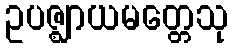
ဥပဇ္ဈာယမတ္တေသု